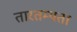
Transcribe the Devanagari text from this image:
तारतम्‍यता